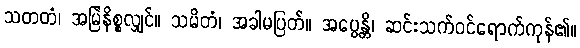
သတတံ၊ အမြဲနိစ္စလျှင်။ သမိတံ၊ အခါမပြတ်။ အပ္ပေန္တိ၊ ဆင်းသက်ဝင်ရောက်ကုန်၏။